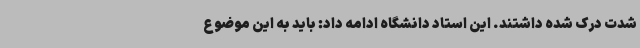
شدت درک شده داشتند. این استاد دانشگاه ادامه داد: باید به این موضوع